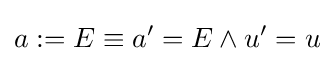
a:=E\equiv a'=E\land u'=u